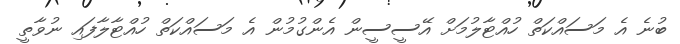
ބުނެ އެ މަސައްކަތް ހުއްޓާލުމަށް އޭސީސީން އެންގުމުން އެ މަސައްކަތް ހުއްޓާލާފައި ނުވާތީ